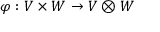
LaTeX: \varphi : V \times W \to V \otimes W